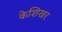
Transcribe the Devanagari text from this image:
केशिखर